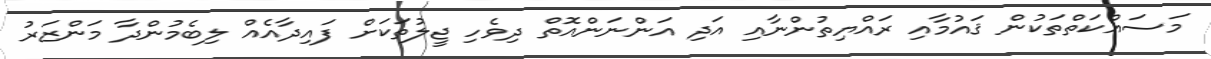
މަސައްކަތްތަކުން ޤައުމާއި ރައްޔިތުންނާއި އަދި އަންނަންއޮތް ދިވެހި ޖީލުތަކަށް ފައިދާއެއް ލިބެމުންދާ މަންޒަރު